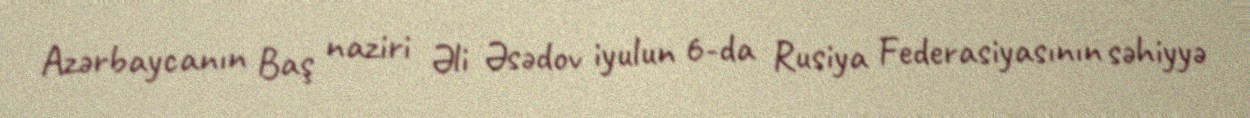
Azərbaycanın Baş naziri Əli Əsədov iyulun 6-da Rusiya Federasiyasının səhiyyə